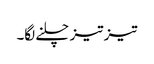
تیز تیز چلنے لگا۔